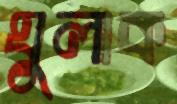
ঘুলাক